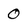
Character: 0